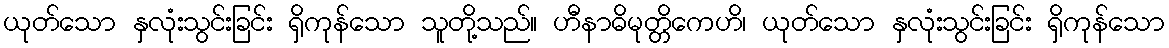
ယုတ်သော နှလုံးသွင်းခြင်း ရှိကုန်သော သူတို့သည်။ ဟီနာဓိမုတ္တိကေဟိ၊ ယုတ်သော နှလုံးသွင်းခြင်း ရှိကုန်သော